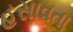
હસાવતા